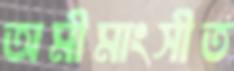
অমীমাংসীত